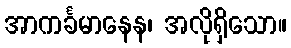
အာကင်္ခမာနေန၊ အလိုရှိသော။